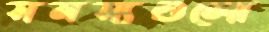
সমস্যগুলো